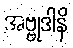
အဗ္ဗုဒါနိ